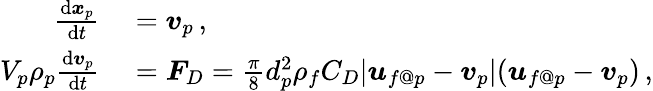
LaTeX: \begin{array}{rl}{\frac{\mathrm{d}\boldsymbol{x}_{p}}{\mathrm{d}t}}&{{}=\boldsymbol{v}_{p}\, ,}\\ {V_{p}\rho_{p}\frac{\mathrm{d}\boldsymbol{v}_{p}}{\mathrm{d}t}}&{{}=\boldsymbol{F}_{D}=\frac{\pi}{8}d_{p}^{2}\rho_{f}C_{D}|\boldsymbol{u}_{f@p}-\boldsymbol{v}_{p}|(\boldsymbol{u}_{f@p}-\boldsymbol{v}_{p})\, ,}\end{array}